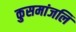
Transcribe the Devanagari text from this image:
कुसमांजलि